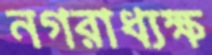
নগরাধ্যক্ষ